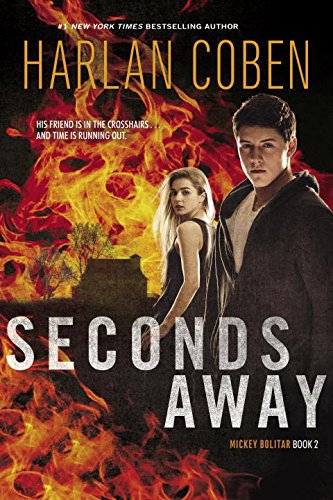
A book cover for Seconds Away (Book Two): A Mickey Bolitar Novel; Harlan Coben; Teen & Young Adult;